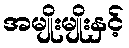
အမျိုးမျိုးနှင့်